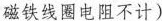
磁铁线圈电阻不计)